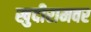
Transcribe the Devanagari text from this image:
खुदीरामवर